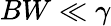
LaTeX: BW\ll\gamma